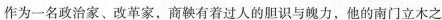
作为一名政治家、改革家。商鞅有着过人的胆识与魄力，他的南门立木之